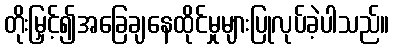
တိုးမြှင့်၍အခြေချနေထိုင်မှုများပြုလုပ်ခဲ့ပါသည်။